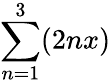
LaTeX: \sum_{n=1}^{3}(2nx)